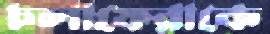
চলাফেরাকে